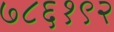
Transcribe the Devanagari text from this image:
७८६१९२